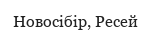
Новосібір, Ресей